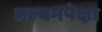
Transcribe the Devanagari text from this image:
अल्बमपेक्षा